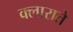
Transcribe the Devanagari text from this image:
क्लाराते